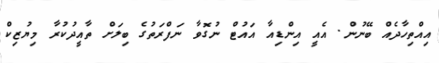
އިއްތިހާދެއް ބޭނުން. އެއީ އިންޑިއާ އައުޓް ނުގޮވާ ނަފްރަތުގެ ބިލަށް ތާއީދުކުރާ މިޔުޒިކް